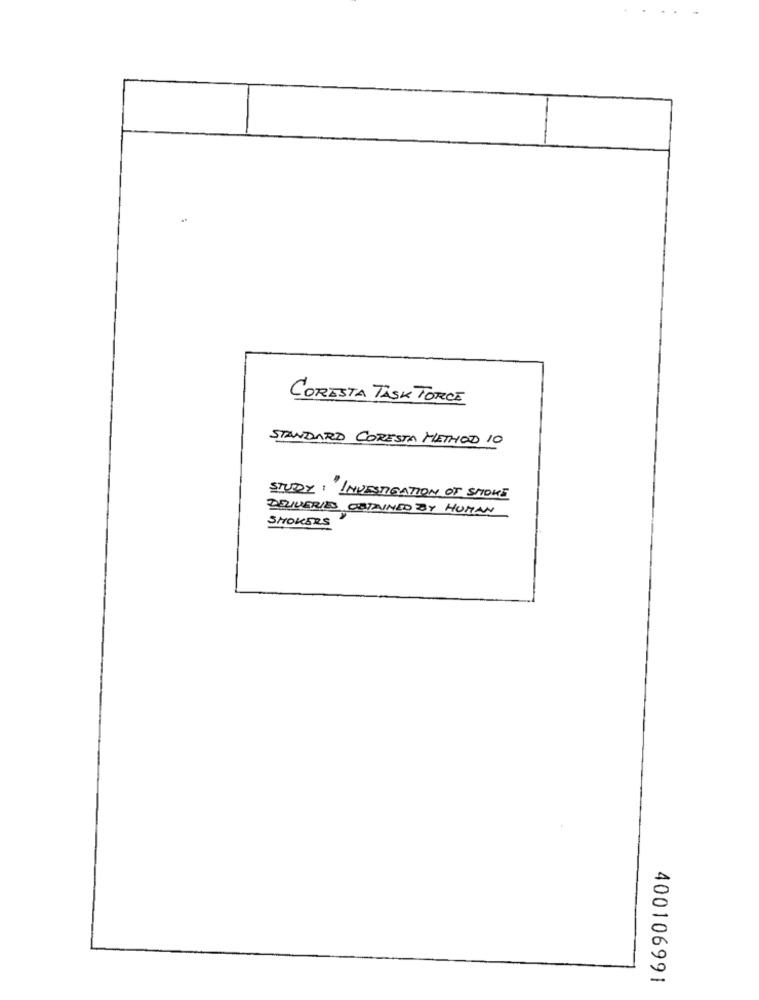
CORESTA TASK FORCE
STANDARD CORESTA METHOD 10
STUDY : INVESTIGATION OF SMOKE
DELIVERIES OBTAINED BY HUMAN
SMOKERS
400106991